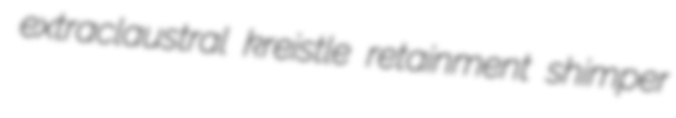
extraclaustral kreistle retainment shimper